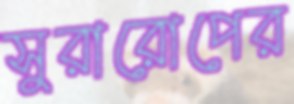
সুরারোপের